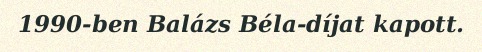
1990-ben Balázs Béla-díjat kapott.